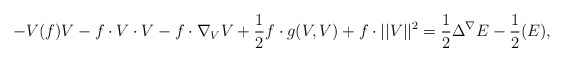
\begin{align*}-V(f) V - f \cdot V \cdot V - f \cdot \nabla_V V + \frac{1}{2} f \cdot g(V,V) + f \cdot ||V||^2 = \frac{1}{2} \Delta^{\nabla} E - \frac{1}{2} (E), \end{align*}